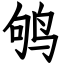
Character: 鸲